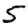
Digit: 5